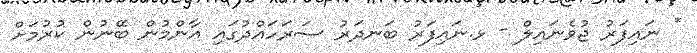
* ނައިފަރު ޖުވެނައިލް - ޅ.ނައިފަރު ބަނދަރު ސަރަހައްދުގައި އާންމުން ބޭނުން ކުރުމަށް